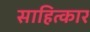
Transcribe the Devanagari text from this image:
साहित्कार